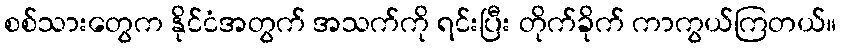
စစ်သားတွေက နိုင်ငံအတွက် အသက်ကို ရင်းပြီး တိုက်ခိုက် ကာကွယ်ကြတယ်။